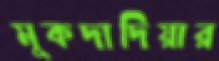
মুকদাদিয়ার